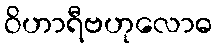
ဝိဟာရီဗဟုလောဓ